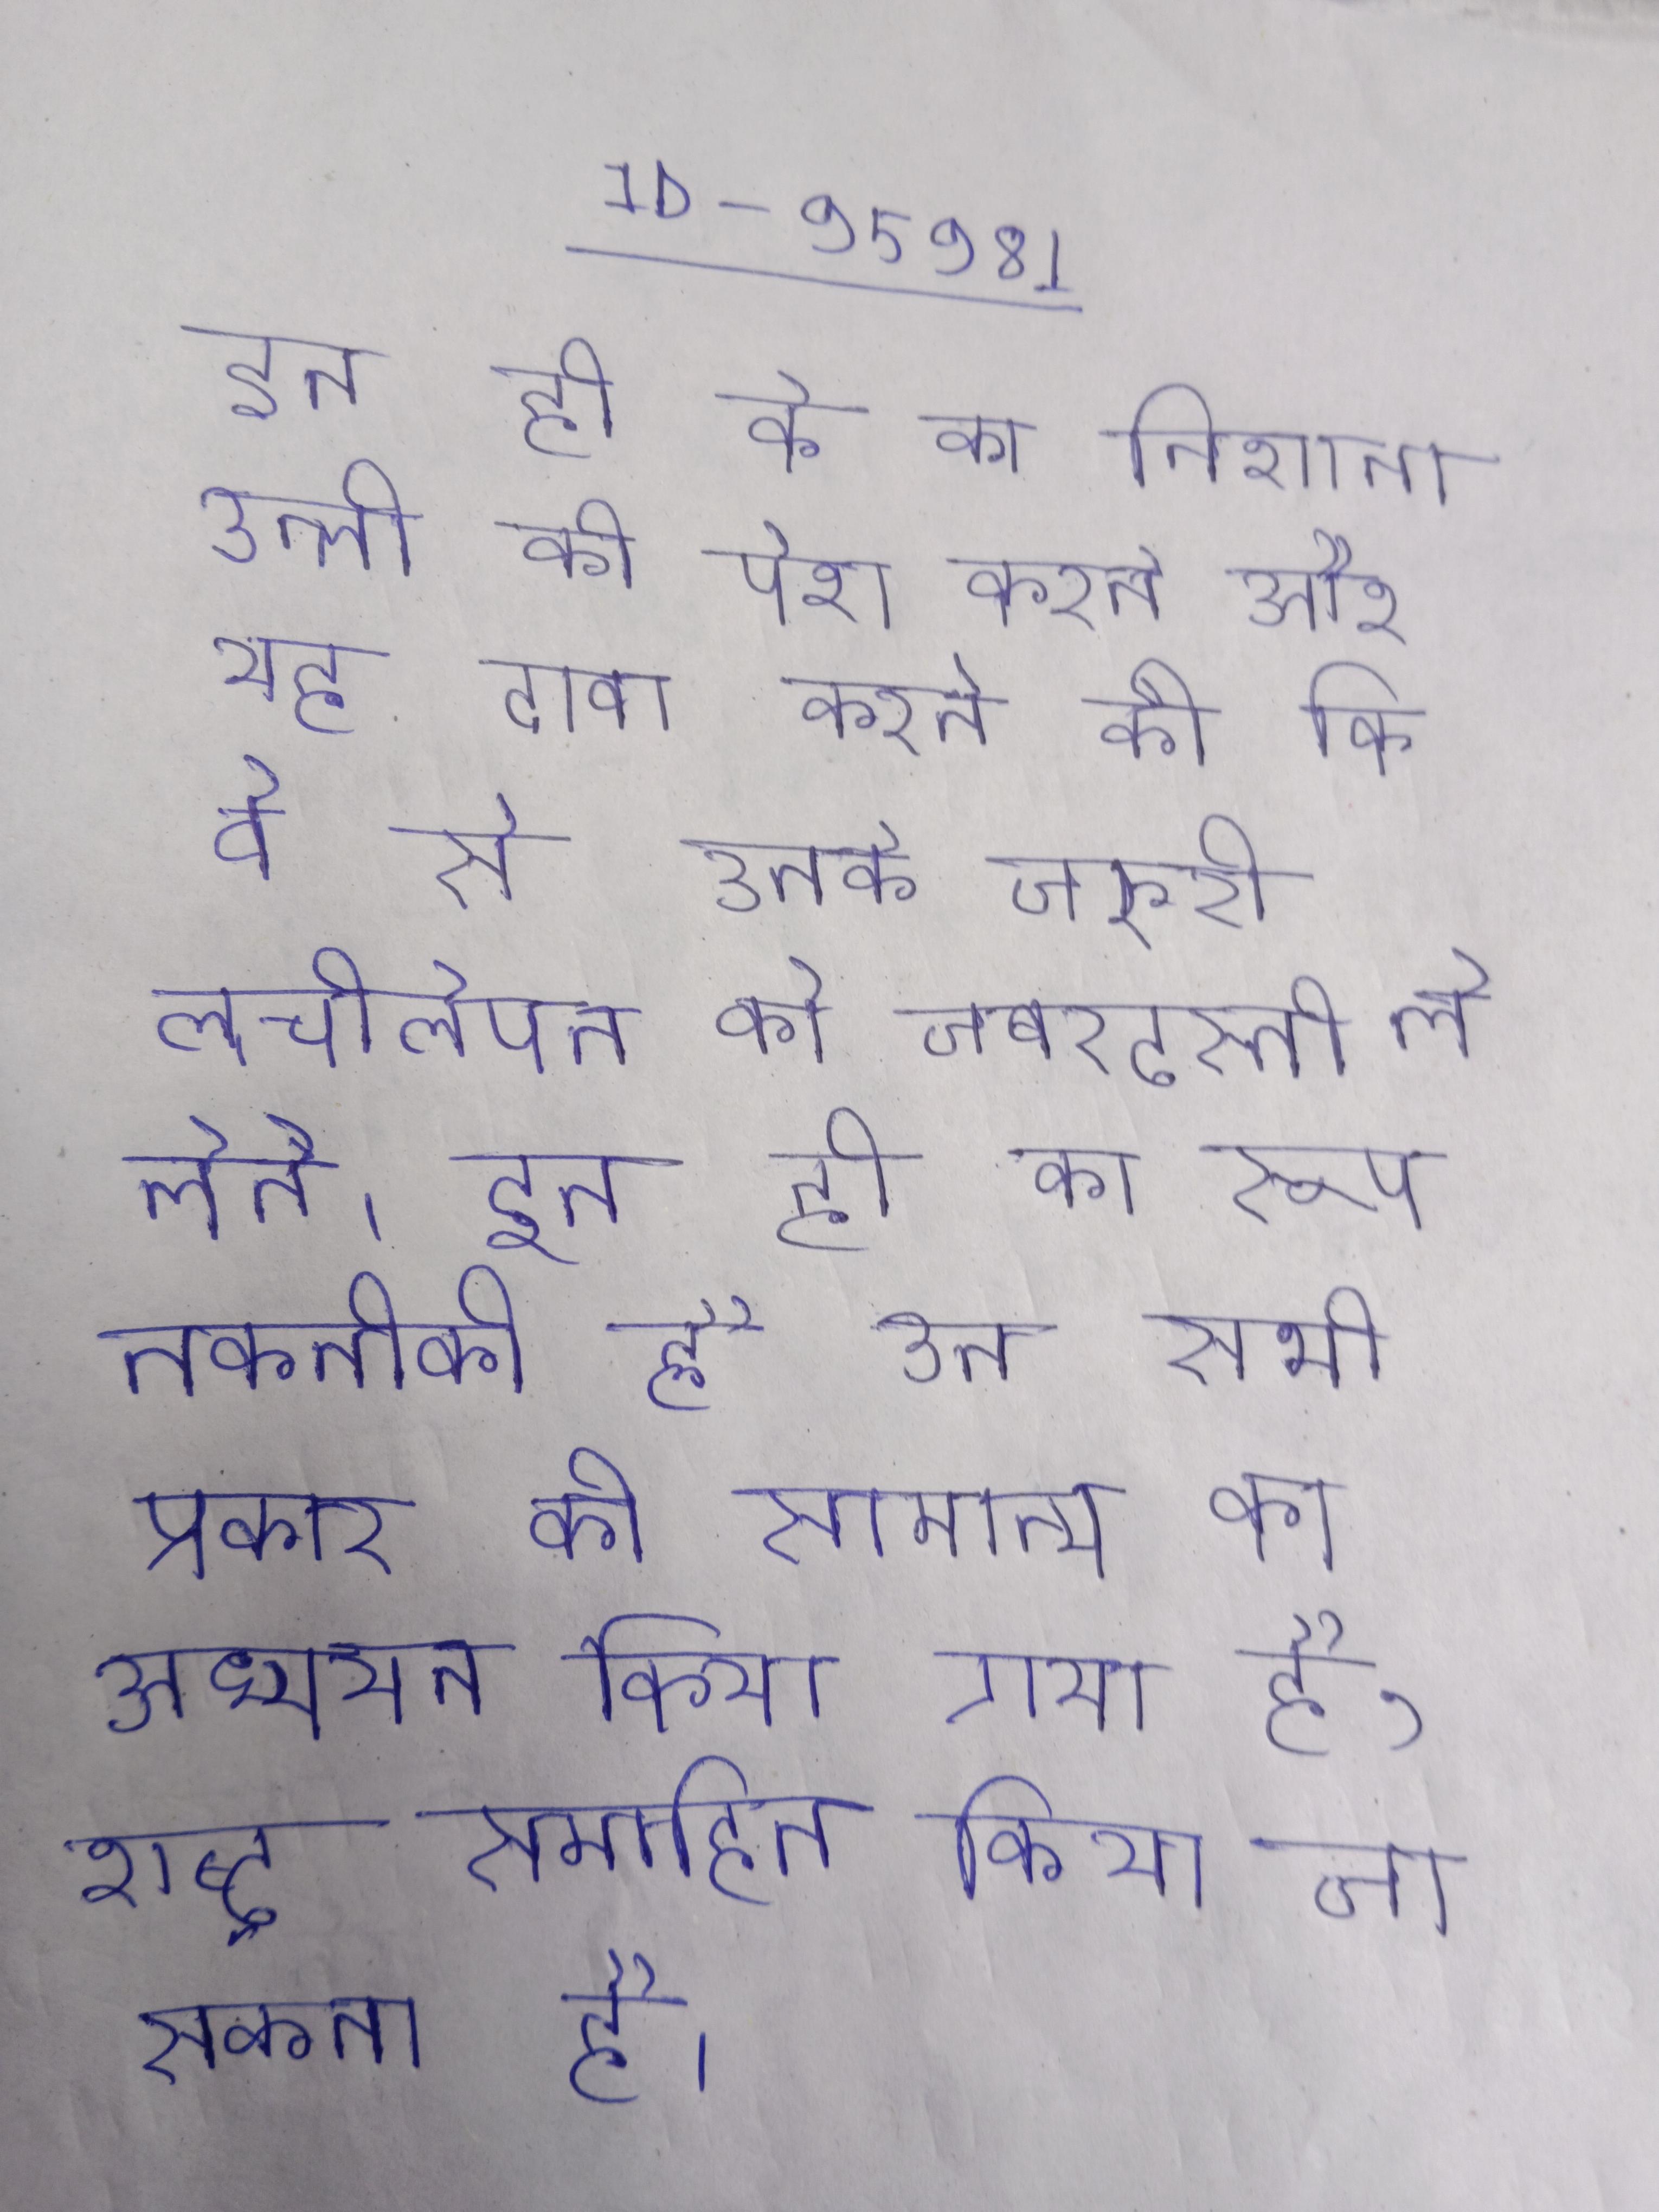
इन ही के का निशाना उन्ली को पेश करने और यह दावा करने की कि वे से उनके जरुरी लचीलेपन को जबरदस्ती ले लेते । इन ही का रूप तकनीकी है उन सभी प्रकार की सामान्य का अध्ययन किया गया है, शब्द समाहित किया जा सकता है ।